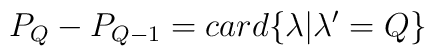
P_Q - P_{Q-1} = card \{ \lambda | \lambda'=Q \}